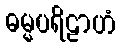
ဓမ္မပရိဠာဟံ